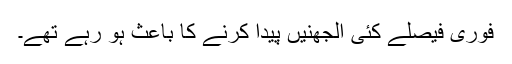
فوری فیصلے کئی الجھنیں پیدا کرنے کا باعث ہو رہے تھے۔